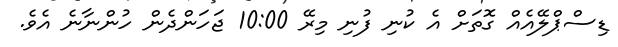
ޑިސްޕްލޭއެއް ގޮތަށް އެ ކުނި ފުނި މިރޭ 10:00 ޖަހަންދެން ހުންނާނެ އެވެ.